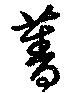
菁